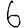
Digit: 6